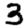
Digit: 3